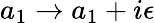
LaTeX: a_{1}\rightarrow a_{1}+i\epsilon